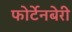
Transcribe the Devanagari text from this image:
फोर्टेनबेरी